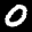
Label: 0